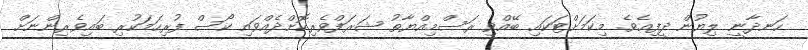
ހަނދާނީ ލިޔުން ދީފިއެވެ. މިކަމަށްޓަކައި ބޭއްވި ރަސްމިއްޔާތު ޝަރަފްވެރިކޮށްދެއްވައި ކޯސް ފުރިހަމަކުރި ބައިވެރިންނަށް